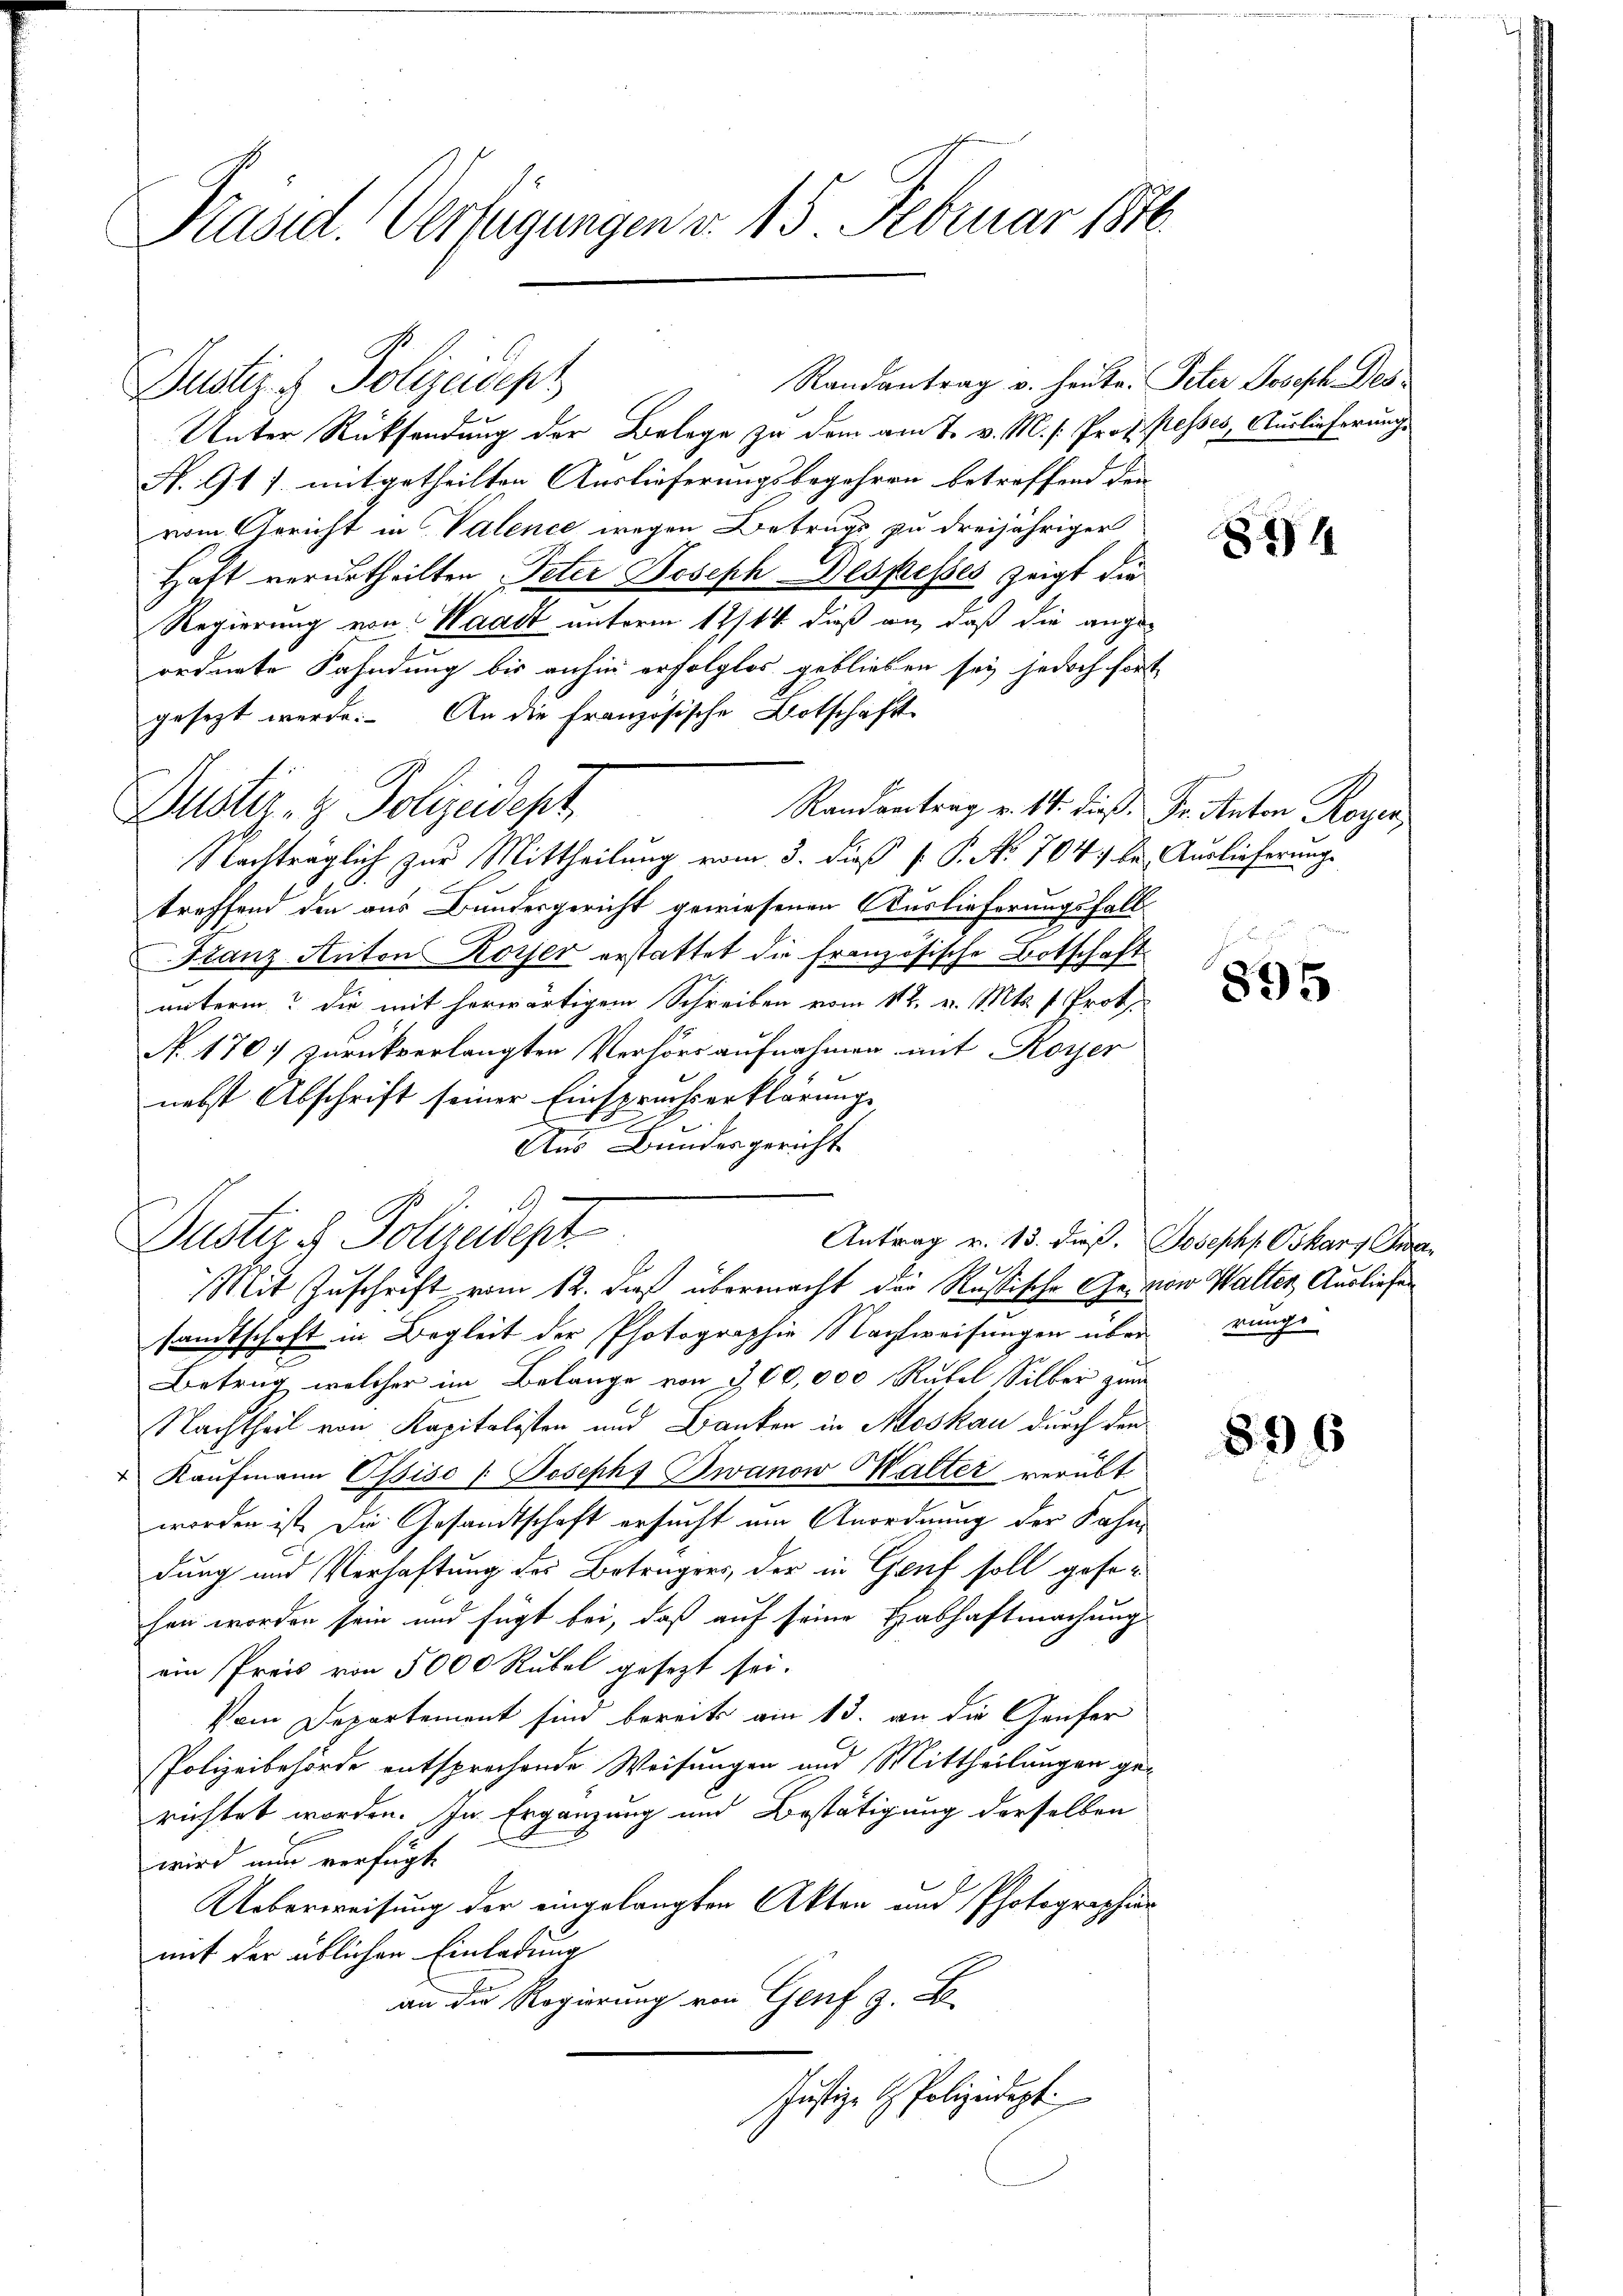
Präsid. Verfügungen v. 15 Februar 1876.

Unter Rücksendung der Belege zu dem am 7. v. M. h. Prof. Pesses, Auslieferungs
N. 91 f. mitgetheilten Auslieferungsbegehren betreffend den
vom Gericht in Valence wegen Betrugs zu dreijähriger
Haft verurtheilten Peter Joseph Bespresses zeigt die
Regierung von Waadt unterm 12/14. dieß an, daß die angeordnete Fahndung bis anhin erfolglos geblieben sei jedoch fort
gesezt werde. An die französische Botschaft
Dustiz- & Polizeidept
Randantrag v. 14. dieß. Fr. Anton Royer,
Nachträglich zur Mittheilung vom 3. dieß P. P. N. 704. bei Auslieferungs
treffend den aus Bundergericht gewiesenen Auslieferungsfall
Franz Anton Koiser erstattet die französische Botschaft
unterm? Die mit herwärtigem Schreiben vom 11t v. Mts. f. Prot
No. 170 zurückverlangten Verhört aufnahmen mit Royer
nebst Abschrift seiner Einspruchserklärung
Aus Bundesgericht
Antrag v. 13. dieß. Josephp Oskars Pisa
sandtschaft in Begleit der Photographie Nachtweisungen über ringe
Betrug, welcher im Belange von 300,000 Rubel Silber zum
Nachtheil von Kapitalisten und Banken in Moskau durch den
 Kaŭfmann Ossiso Josephs Zwanow Halter verübt
worden ist. Die Gesandtschaft ersucht am Anordnung der Fahndung und Verhaftung des Betrügers, der in Genf soll gesehen worden sein und fügt bei, daß auf seine Habhaftmachung
ein Preis von 5000 Rübel gesezt sei.
Vom Departement sind bereits am 13. an die Genfer
Polizeibehörde entsprechende Weisungen und Mittheilungen gerichtet worden. In Ergänzung und Bestätigung derselben
wird nun verfügt.
Ueberweisung der eingelangten Akten und Photographier
mit der üblichen Einladung
an die Regierung von Genf z. B.
Justiz- & Polizeidigt.

Dustiz & Polizeidep

Randantrag v. heute. Peter Joseph Bes

9
Justiz & Polizecept
E
Mit Zuschrift vom 12. daß übermacht der Rußische Ge-von Walter Ausliefe

844

895

896